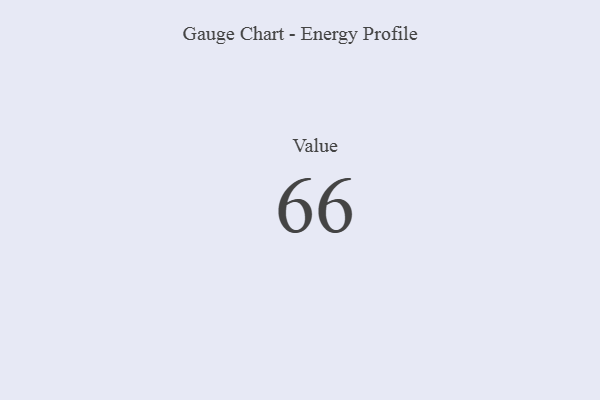
{"axis": {"x": "Metric", "y": "Value"}, "legend": [""], "data": [{"x": "Value", "y": 66, "type": ""}]}